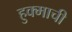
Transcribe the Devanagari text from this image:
हुक्माची